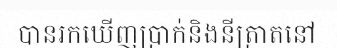
បានរកឃើញប្រាក់និងនីត្រាតនៅ